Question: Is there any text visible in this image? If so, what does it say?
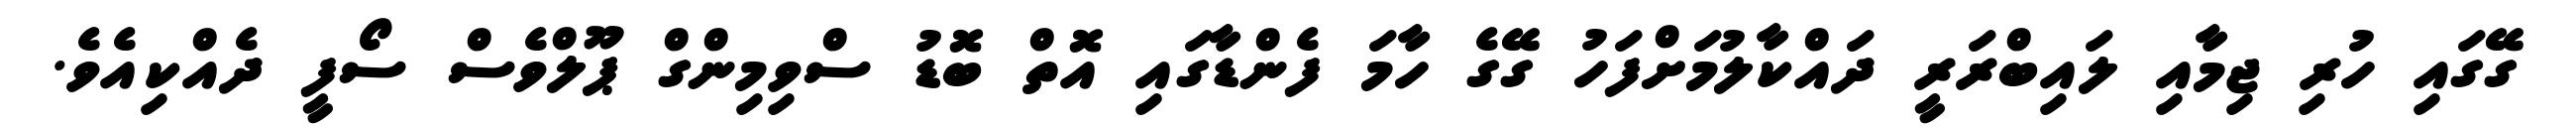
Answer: ގޭގައި ހުރި ޖިމާއި ލައިބްރަރީ ދައްކާލުމަށްފަހު ގޭގެ ހާމަ ފެންޑާގައި އޮތް ބޮޑު ސްވިމިންގް ޕޫލްވެސް ސޯފީ ދެއްކިއެވެ.